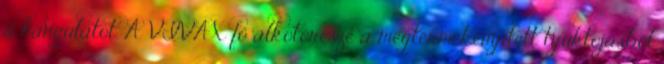
a hangulatot. A VIVAX fő alkotórésze a megtermékenyített tyúktojásból